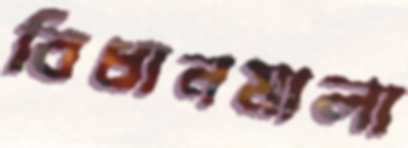
বিধানমালা